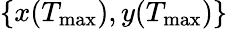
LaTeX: \{ x(T_{\mathrm{max}}),y(T_{\mathrm{max}})\}